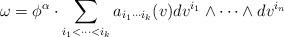
LaTeX: \begin{align*}\omega = \phi^{\alpha}\cdot\sum_{i_{1}<\cdots<i_{k}}a_{i_{1}\cdots i_{k}}(v) dv^{i_{1}}\wedge\cdots\wedge dv^{i_{n}}\end{align*}